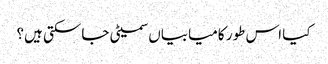
کیا اس طور کامیابیاں سمیٹی جاسکتی ہیں؟